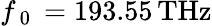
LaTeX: f_{\mathrm{~0~}}=193.55\, \mathrm{THz}